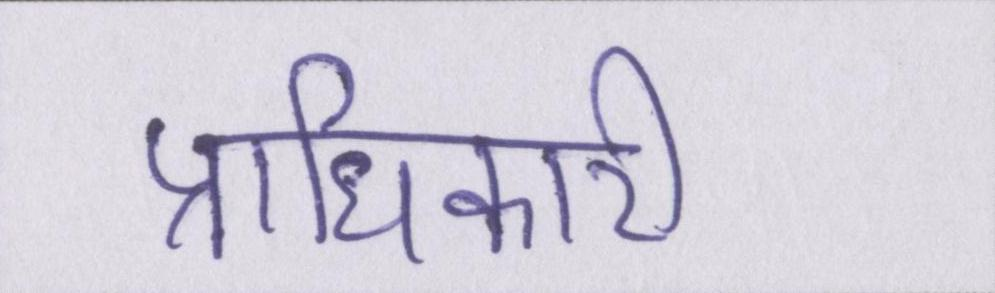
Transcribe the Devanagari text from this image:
प्राधिकारी